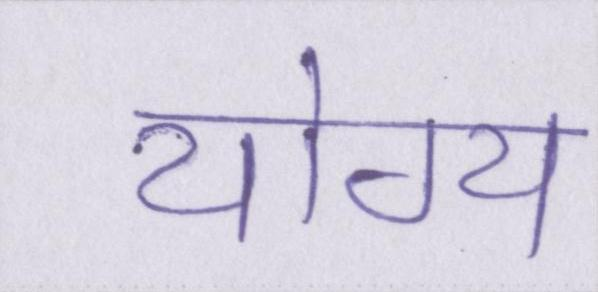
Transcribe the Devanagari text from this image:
योग्य